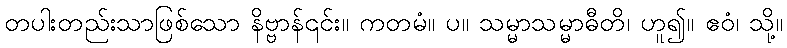
တပါးတည်းသာဖြစ်သော နိဗ္ဗာန်၎င်း။ ကတမံ။ ပ။ သမ္မာသမ္မာဓီတိ၊ ဟူ၍။ ဧဝံ၊ သို့။